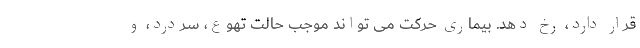
قرار دارد، رخ دهد. بیماری حرکت می تواند موجب حالت تهوع، سردرد، و